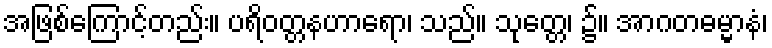
အဖြစ်ကြောင့်တည်း။ ပရိဝတ္တနဟာရော၊ သည်။ သုတ္တေ၊ ၌။ အာဂတဓမ္မာနံ၊